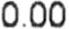
0.00